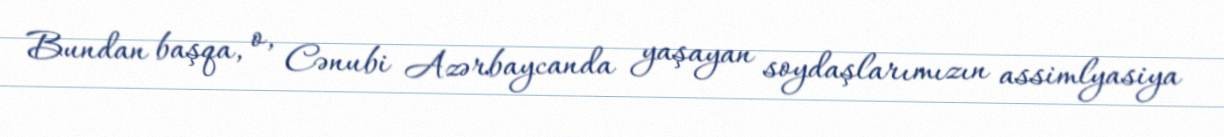
Bundan başqa, o, Cənubi Azərbaycanda yaşayan soydaşlarımızın assimlyasiya